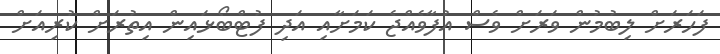
ފަހަރަށް ލިބުމުން ވަރަށް ވެސް އުފާވެއްޖެ ކަމަށާއި އަދި ފުޓްބޯޅައިން އިތުރަށް ކުރިއަށް